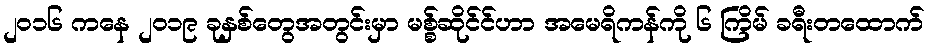
၂၀၁၆ ကနေ ၂၀၁၉ ခုနှစ်တွေအတွင်းမှာ မစ္စ်ဆိုင်င်ဟာ အမေရိကန်ကို ၆ ကြိမ် ခရီးတထောက်